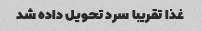
غذا تقریبا سرد تحویل داده شد